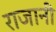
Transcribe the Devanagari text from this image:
राजानी